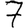
Digit: 7